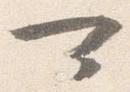
可